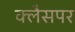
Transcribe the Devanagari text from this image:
क्लैसपर